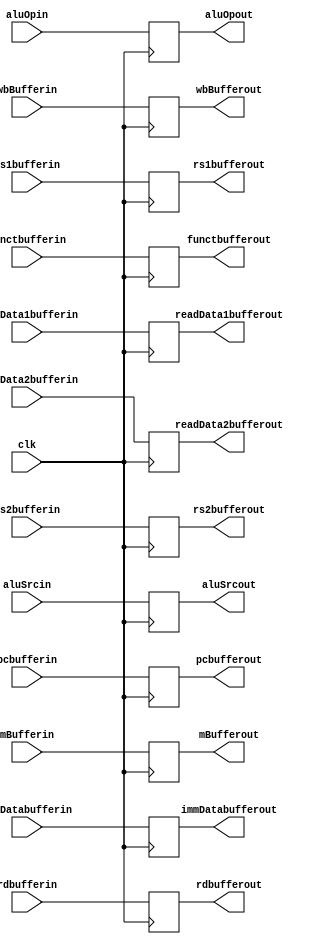
module IDEX
(
	input clk, input [63:0] pcbufferin, readData1bufferin, readData2bufferin, immDatabufferin, input [4:0] rs1bufferin, rs2bufferin, rdbufferin, input [3:0] functbufferin, input [2:0] mBufferin, input [1:0] wbBufferin, aluOpin, input aluSrcin,

	output reg [63:0] pcbufferout, readData1bufferout, readData2bufferout, immDatabufferout,
	output reg [4:0] rs1bufferout, rs2bufferout, rdbufferout,
	output reg [3:0] functbufferout,
	output reg [2:0] mBufferout,
	output reg [1:0] wbBufferout, aluOpout,
	output reg aluSrcout
);

always @(posedge clk)
begin
	 rdbufferout = rdbufferin;
	 functbufferout = functbufferin;
	 mBufferout = mBufferin;
	 wbBufferout = wbBufferin;
	 aluOpout = aluOpin;
	 aluSrcout = aluSrcin;
	 pcbufferout = pcbufferin;
	 readData1bufferout = readData1bufferin;
	 readData2bufferout = readData2bufferin;
	 immDatabufferout = immDatabufferin;
	 rs1bufferout = rs1bufferin;
	 rs2bufferout = rs2bufferin;
end

endmodule